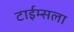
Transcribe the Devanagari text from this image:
टाईम्सला